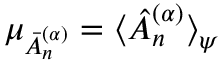
\mu _ { \bar { A } _ { n } ^ { ( \alpha ) } } = \langle \hat { A } _ { n } ^ { ( \alpha ) } \rangle _ { \psi }